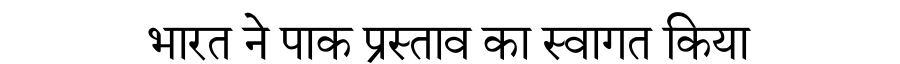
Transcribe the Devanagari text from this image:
भारत ने पाक प्रस्ताव का स्वागत किया